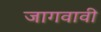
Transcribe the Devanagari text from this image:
जागवावी